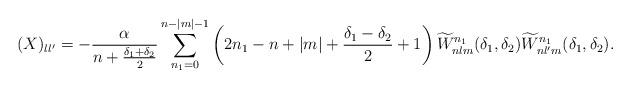
LaTeX: \begin{align*}(X)_{ll'} = - \frac{\alpha}{n + \frac{\delta_1+\delta_2}{2}}\sum_{n_1=0}^{n-|m|-1}\left( 2n_1 - n + |m| + \frac{\delta_1-\delta_2}{2} + 1 \right)\widetilde W_{nlm}^{n_1}(\delta_1,\delta_2)\widetilde W_{nl'm}^{n_1}(\delta_1,\delta_2).\end{align*}